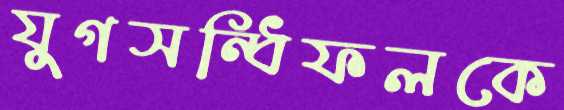
যুগসন্ধিফলকে